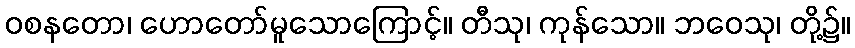
ဝစနတော၊ ဟောတော်မူသောကြောင့်။ တီသု၊ ကုန်သော။ ဘဝေသု၊ တို့၌။